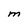
Character: M